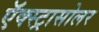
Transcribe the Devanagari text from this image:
ऍक्स्ट्रासोलर